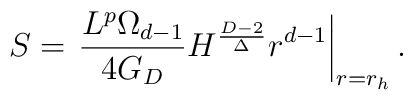
S=\left.{L^p \Omega_{d-1}\over 4 G_D}H^{D-2\over \Delta}r^{d-1}\right|_{r=r_h}.